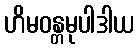
ဟိမဝန္တမုပါဒါယ